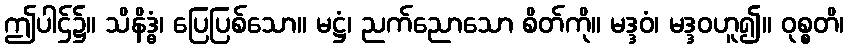
ဤပါဌ်၌။ သိနိဒ္ဓံ၊ ပြေပြစ်သော။ မဋ္ဌံ၊ ညက်ညောသော စိတ်ကို။ မဒ္ဒဝံ၊ မဒ္ဒဝဟူ၍။ ဝုစ္စတိ၊